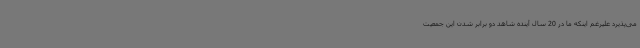
می‌پذیرد علیرغم اینکه ما در 20 سال آینده شاهد دو برابر شدن این جمعیت